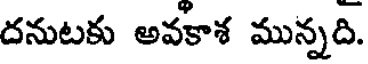
దనుటకు అవకాశ మున్నది.